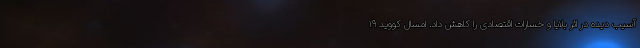
آسیب دیده در اثر بلایا و خسارات اقتصادی را کاهش داد. امسال کووید ۱۹